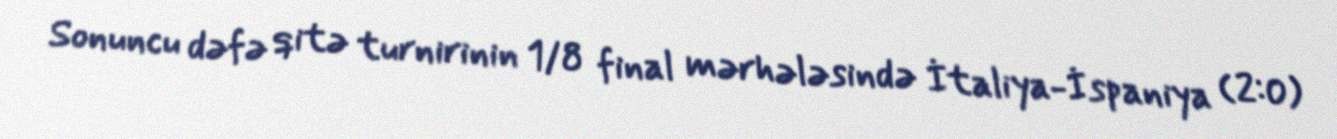
Sonuncu dəfə qitə turnirinin 1/8 final mərhələsində İtaliya-İspaniya (2:0)